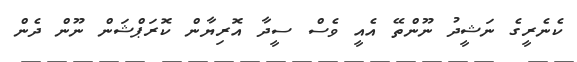
ކެނެރީގެ ނަޝީދު ނޫންތޭ އެއީ ވެސް ސީދާ އޮރިޔާން ކޮރަޕްޝަން ނޫން ދެން